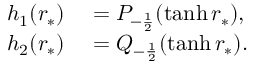
\begin{array} { r l } { h _ { 1 } ( r _ { * } ) } & { { } = P _ { - \frac { 1 } { 2 } } ( \operatorname { t a n h } r _ { * } ) , } \\ { h _ { 2 } ( r _ { * } ) } & { { } = Q _ { - \frac { 1 } { 2 } } ( \operatorname { t a n h } r _ { * } ) . } \end{array}